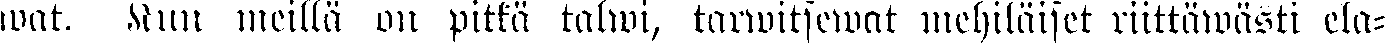
wat. Muu meillä on pitkä talwi, tarwitsewat mehiläiset riittäwästi ela-